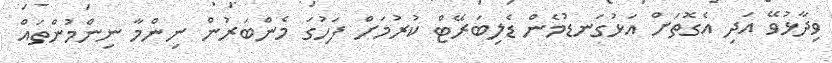
ވިދާޅުވޭ އަދި އެގޮތަށް އަޅުގަނޑުމެން ޑެލިބަރޭޓް ކުރުމަށް ފަހުގަ މެންބަރުން ނިންމާ ނިންމުންތައް